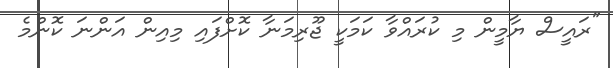
"ރައީސް ޔާމީން މި ކުރައްވާ ކަމަކީ ޖޫރިމަނާ ކޮށްފައި މިއިން އަންނަ ކޮންމެ